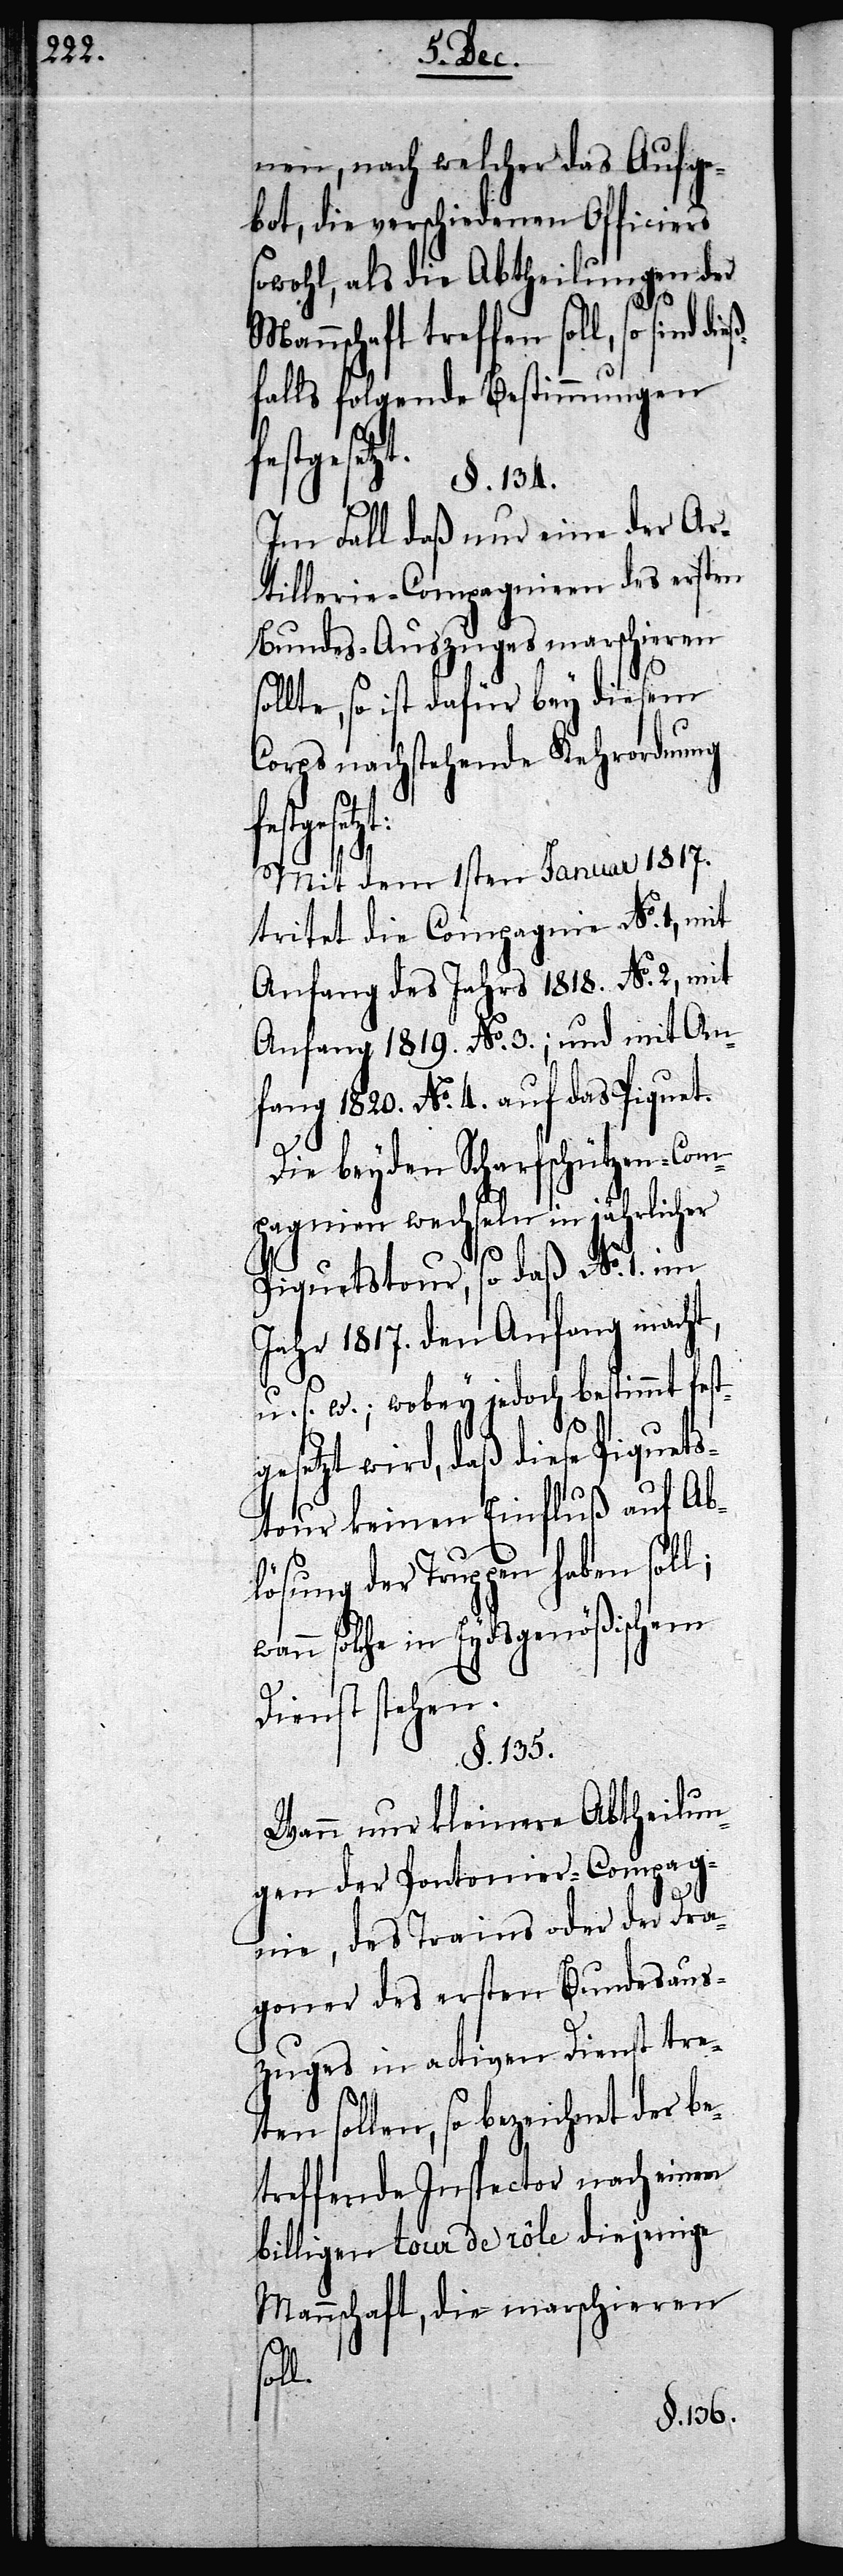
nen, nach welcher das Aufge¬
bot, die verschiedenen Officiers
sowohl, als die Abtheilungen der
nschaft treffen soll, so sind
falls folgende Bestimmungen
gesetzt:
§. 134.
Im Fall daß nur eine der Ar¬
tillerie-Compagnien des ersten
Bundes-Auszuges marschieren
lte, so ist dafür bey diesem
Corps nachstehende Kehrordnung
soll.
Mit dem 1sten Januar 1817.
tritet die Compagnie No. 1, mit
Anfang des Jahres 1818. No. 2, mit
Anfang 1819. No. 3.; und mit An¬
fang 1820. No. 4. auf das Piquet.
Die beyden Scharfschützen-Com¬
pagnien wechseln in jährlicher
Piquetstour, so daß No. 1. im
Jahr 1817. den Anfang macht,
u. s. w.; wobey jedoch bestimmt fest¬
gesetzt wird, daß diese Piquets¬
tour keinen Einfluß auf Ab¬
lösung der Truppen haben soll;
wann solche in Eydsgenößischem
Dienst stehen.
§. 135.
Wann nur kleinere Abtheilun¬
gen der Pontonier-Compag¬
nie, des Trains oder der Dra¬
goner des ersten Bundesaus¬
zuges in activen Dienst tre¬
ten sollen, so bezeichnet der b¬
etreffende Inspector nach einem
billigen tour de rôle diejenige
Mannschaft, die marschieren
sol¬